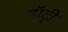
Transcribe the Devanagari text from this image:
डॉट्री